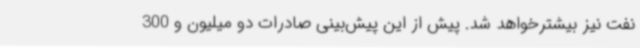
نفت نیز بیشترخواهد شد. پیش از این پیش‌بینی صادرات دو میلیون و 300